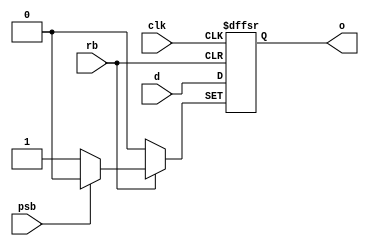
// SPDX-License-Identifier: Apache-2.0
// Copyright (C) 2019 Intel Corporation. All rights reserved
module aibnd_ff_rp ( 
	input wire clk,
	input wire rb,
	input wire psb,
	input wire d,
	//input wire vss,
	//input wire vcc,
	output reg o
);

always@(posedge clk or negedge rb or negedge psb) begin
	if (!rb) begin
		o <= 1'b0;
	end
	else if (!psb) begin
		o <= 1'b1;
	end
	else begin
		o <= d;
	end
end
endmodule